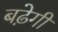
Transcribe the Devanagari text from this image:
बढे़गी